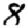
Digit: 8